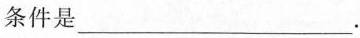
条件是___。